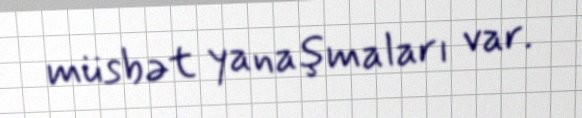
müsbət yanaşmaları var.